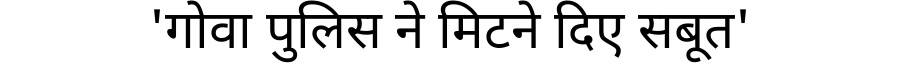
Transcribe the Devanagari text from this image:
'गोवा पुलिस ने मिटने दिए सबूत'